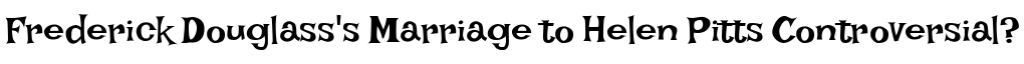
Frederick Douglass's Marriage to Helen Pitts Controversial?